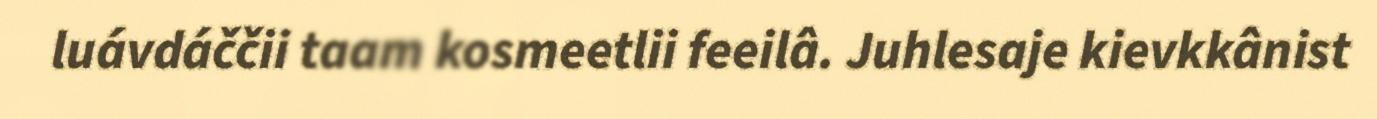
luávdáččii taam kosmeetlii feeilâ. Juhlesaje kievkkânist